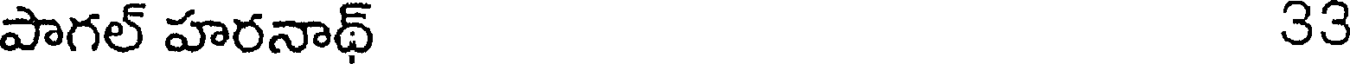
పాగల్ హరనాథ్ 33